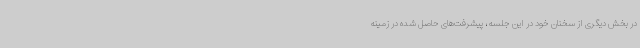
در بخش دیگری از سخنان خود در این جلسه، پیشرفت‌های حاصل شده در زمینه